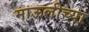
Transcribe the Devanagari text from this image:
माऊलीच्या